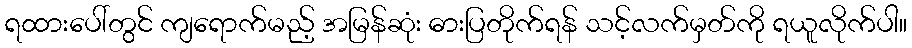
ရထားပေါ်တွင် ကျရောက်မည့် အမြန်ဆုံး ဓားပြတိုက်ရန် သင့်လက်မှတ်ကို ရယူလိုက်ပါ။